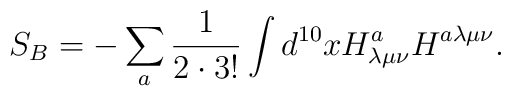
S_B = - \sum_a \frac{1}{2 \cdot 3!}\int d^{10}x H^a_{\lambda \mu \nu} H^{a \lambda \mu \nu}.